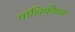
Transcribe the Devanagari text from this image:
पॉलिफीमस